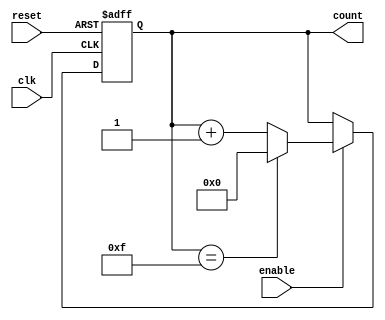
module binary_counter (
    input wire clk,          // Clock signal
    input wire reset,        // Asynchronous reset signal
    input wire enable,       // Enable signal
    output reg [3:0] count   // 4-bit output count
);

// Maximum count value for a 4-bit counter is 15 (1111 in binary)
parameter MAX_COUNT = 4'b1111;

always @(posedge clk or posedge reset) begin
    if (reset) begin
        count <= 4'b0000; // Reset the counter to 0
    end else if (enable) begin
        if (count == MAX_COUNT) begin
            count <= 4'b0000; // Wrap around to 0
        end else begin
            count <= count + 1; // Increment the counter
        end
    end
end

endmodule